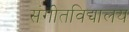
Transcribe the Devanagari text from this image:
संगीतविद्यालय